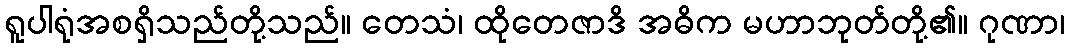
ရူပါရုံအစရှိသည်တို့သည်။ တေသံ၊ ထိုတေဇာဒိ အဓိက မဟာဘုတ်တို့၏။ ဂုဏာ၊